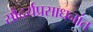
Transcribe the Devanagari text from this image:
सौंदर्यप्रसाधनांत